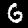
Digit: 6